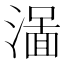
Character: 𱨭